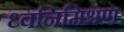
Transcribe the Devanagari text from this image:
ध्वनिमिश्रण